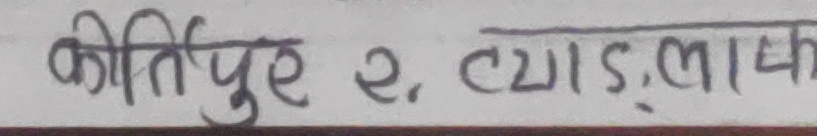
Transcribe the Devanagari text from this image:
कीर्तिपुर २, ट्याङ्लाफाक